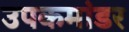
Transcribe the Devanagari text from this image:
उपकमांडर